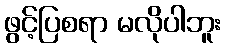
ဖွင့်ပြစရာ မလိုပါဘူး